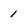
Character: 1